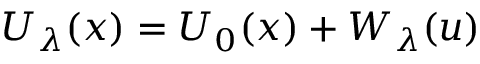
U _ { \lambda } ( x ) = U _ { 0 } ( x ) + W _ { \lambda } ( u )